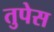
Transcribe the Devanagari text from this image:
तुपेस